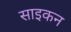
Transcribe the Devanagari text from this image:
साइकन